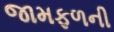
જામફળની